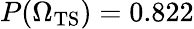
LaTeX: P({\Omega_{\mathrm{TS}})}=0.822